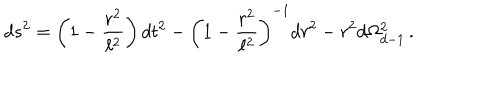
LaTeX: d s ^ { 2 } = \left( 1 - \frac { r ^ { 2 } } { \ell ^ { 2 } } \right) d t ^ { 2 } - \left( 1 - \frac { r ^ { 2 } } { \ell ^ { 2 } } \right) ^ { - 1 } d r ^ { 2 } - r ^ { 2 } d \Omega _ { d - 1 } ^ { 2 } \, .